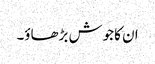
ان کا جوش بڑھاؤ۔